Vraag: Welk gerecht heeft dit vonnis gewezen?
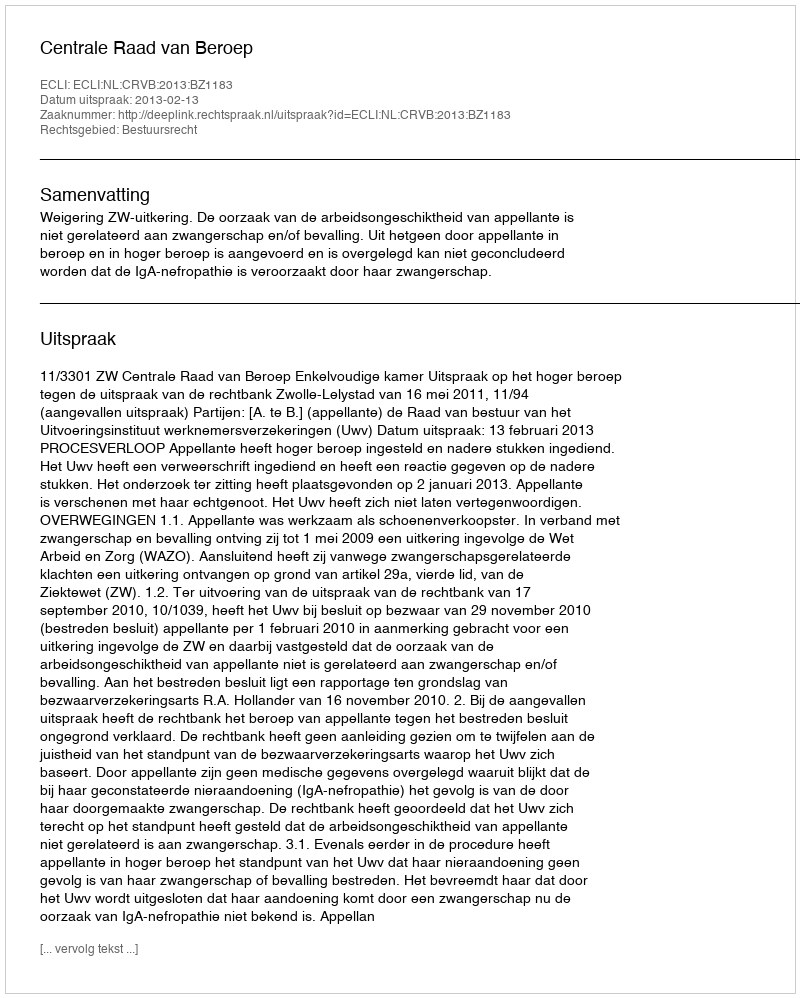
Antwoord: Centrale Raad van Beroep